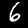
Digit: 6